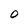
Character: 0